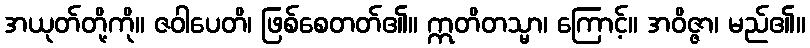
အယုတ်တို့ကို။ ဇဝါပေတိ၊ ဖြစ်စေတတ်၏။ ဣတိတသ္မာ၊ ကြောင့်။ အဝိဇ္ဇာ၊ မည်၏။